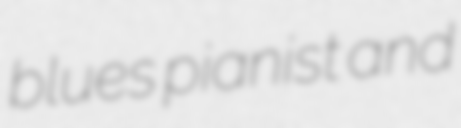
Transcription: blues pianist and